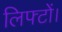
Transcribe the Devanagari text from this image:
लिफ्टों।